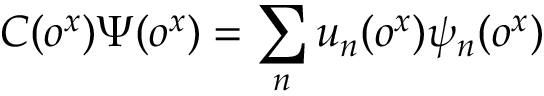
C ( o ^ { x } ) \Psi ( o ^ { x } ) = \sum _ { n } u _ { n } ( o ^ { x } ) \psi _ { n } ( o ^ { x } )